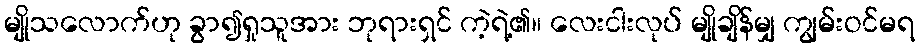
မျိုသလောက်ဟု ခွာ၍ရှုသူအား ဘုရားရှင် ကဲ့ရဲ့၏။ လေးငါးလုပ် မျိုချိန်မျှ ကျွမ်းဝင်မရ